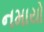
નમાયો